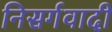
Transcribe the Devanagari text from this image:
निसर्गवादी